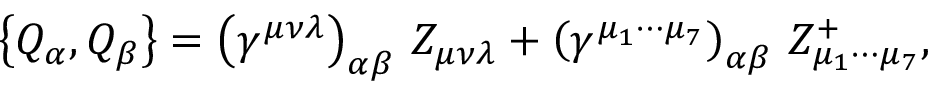
\left\{ Q _ { \alpha } , Q _ { \beta } \right\} = \left( \gamma ^ { \mu \nu \lambda } \right) _ { \alpha \beta } \, Z _ { \mu \nu \lambda } + \left( \gamma ^ { \mu _ { 1 } \cdots \mu _ { 7 } } \right) _ { \alpha \beta } \, Z _ { \mu _ { 1 } \cdots \mu _ { 7 } } ^ { + } ,